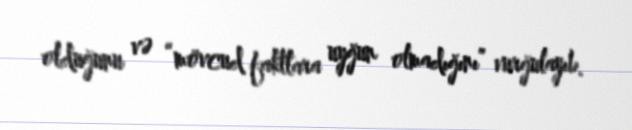
olduğunu və “mövcud faktlara uyğun olmadığını” vurğulayıb.